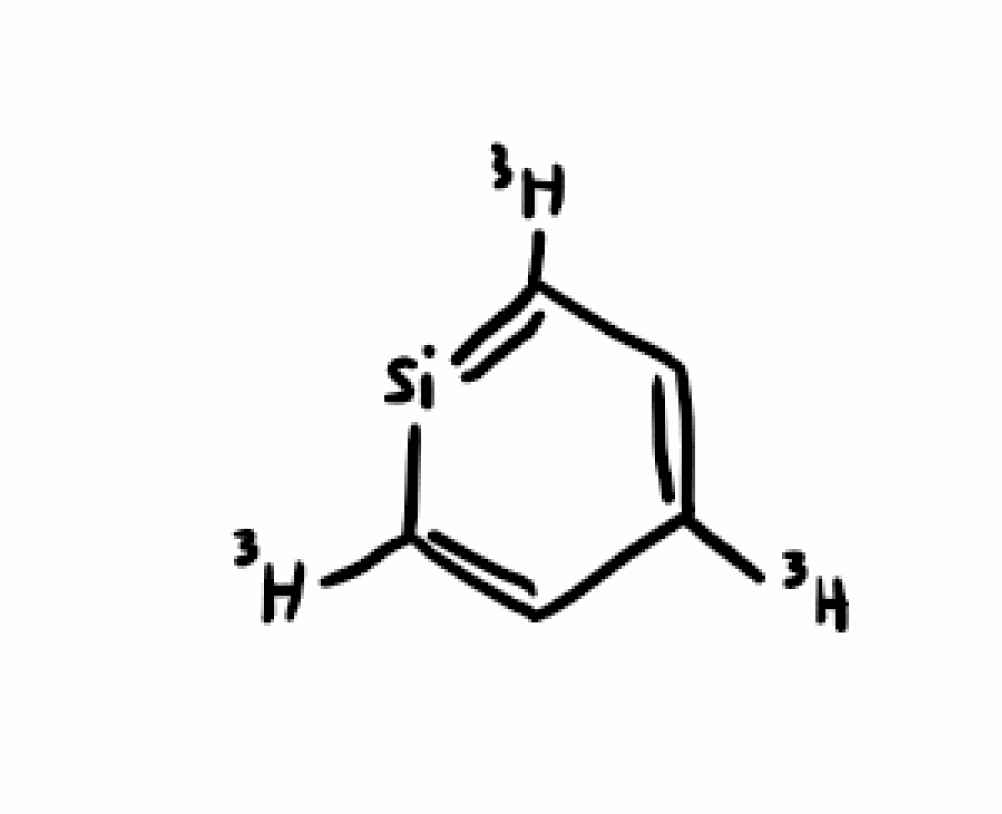
Simplified molecular-input line-entry system (SMILES) notation of the given molecule:
[3H]C1=CC(=[Si]C(=C1)[3H])[3H]